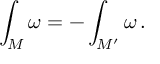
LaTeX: \int _ { M } \omega = - \int _ { M ^ { \prime } } \omega \, .